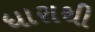
ધારાથી